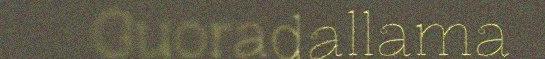
Guoradallama